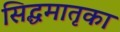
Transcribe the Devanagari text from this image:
सिद्धमातृका